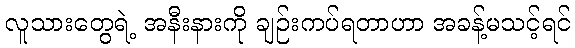
လူသားတွေရဲ့ အနီးနားကို ချဉ်းကပ်ရတာဟာ အခန့်မသင့်ရင်